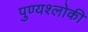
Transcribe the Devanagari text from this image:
पुण्‍यश्‍लोकी